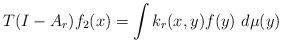
LaTeX: \begin{align*}T(I-A_r) f_2 (x) = \int k_r(x,y) f(y) \ d\mu(y)\end{align*}